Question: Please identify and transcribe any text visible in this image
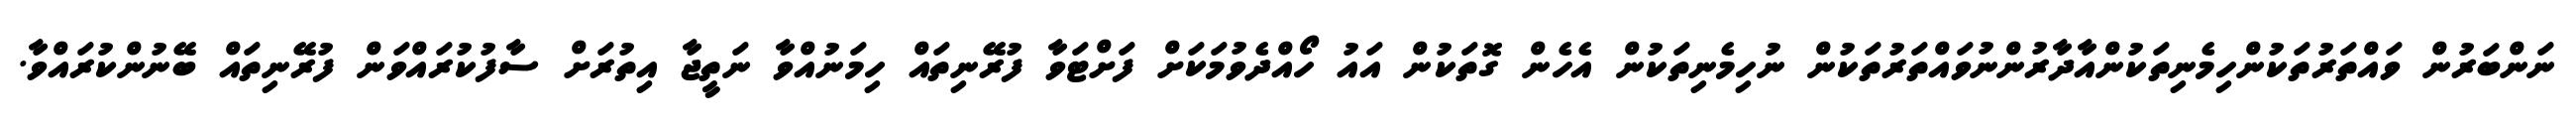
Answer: ނަންބަރުން ވައްތަރުތަކުންހިމެނިތަކުންއާދާރުންނުވައްތަރުތަކުން ނުހިމެނިތަކުން އެހެން ގޮތަކުން އައު ހޯއްދެވުމަކަށް ފަށްޓަވާ ފުރޭނިތައް ހިމަނުއްވާ ނަތީޖާ އިތުރަށް ސާފުކުރައްވަން ފުރޭނިތައް ބޭނުންކުރައްވާ.